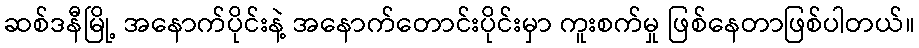
ဆစ်ဒနီမြို့ အနောက်ပိုင်းနဲ့ အနောက်တောင်းပိုင်းမှာ ကူးစက်မှု ဖြစ်နေတာဖြစ်ပါတယ်။